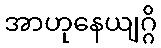
အာဟုနေယျဂ္ဂိ